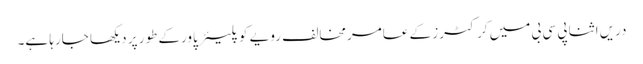
دریں اثنا پی سی بی میں کرکٹرز کے عامرمخالف رویے کو پلیئر پاورکے طور پر دیکھا جارہا ہے۔